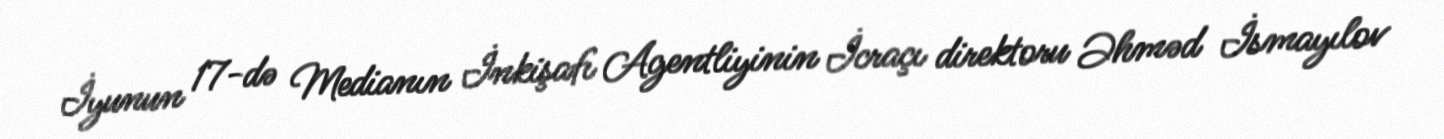
İyunun 17-də Medianın İnkişafı Agentliyinin İcraçı direktoru Əhməd İsmayılov